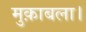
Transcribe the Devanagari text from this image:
मुक़ाबला।